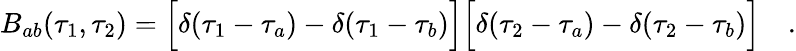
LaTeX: B_{ab}(\tau_{1},\tau_{2})=\Bigl[\delta(\tau_{1}-\tau_{a})-\delta(\tau_{1}-\tau_{b})\Bigr]\Bigl[\delta(\tau_{2}-\tau_{a})-\delta(\tau_{2}-\tau_{b})\Bigr]\quad.